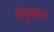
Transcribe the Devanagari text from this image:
वेणुवादन